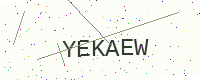
Text: YEKAEW